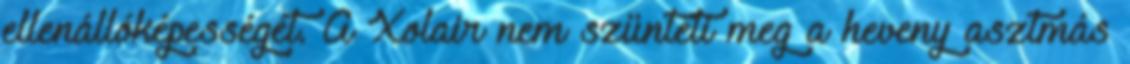
ellenállóképességét. A Xolair nem szünteti meg a heveny asztmás